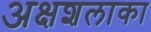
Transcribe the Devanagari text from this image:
अक्षशलाका